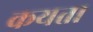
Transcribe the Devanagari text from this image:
कयता